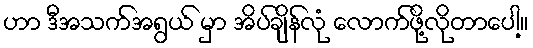
ဟာ ဒီအသက်အရွယ် မှာ အိပ်ချိန်လုံ လောက်ဖို့လိုတာပေါ့။